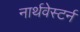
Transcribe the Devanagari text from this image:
नार्थवेस्टर्न